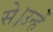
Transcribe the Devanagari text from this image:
से।उन्हें